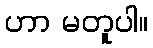
ဟာ မတူပါ။